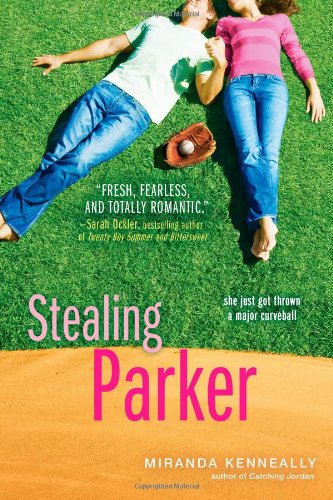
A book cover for Stealing Parker; Miranda Kenneally; Teen & Young Adult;